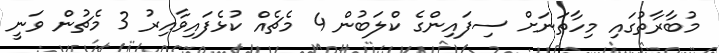
މުބާރާތުގައި މިހާތަނަށް ސިފައިންގެ ކްލަބުން 4 މެޗެއް ކުޅެފައިވާއިރު 3 މެޗުން ވަނީ